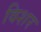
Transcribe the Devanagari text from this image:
विशर